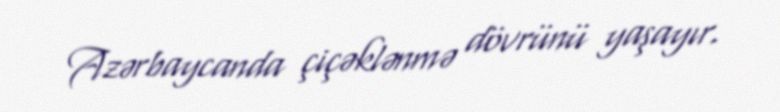
Azərbaycanda çiçəklənmə dövrünü yaşayır.